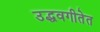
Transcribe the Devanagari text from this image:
उद्धवगीतेत